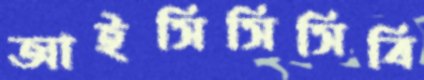
আইসিসিসিবি